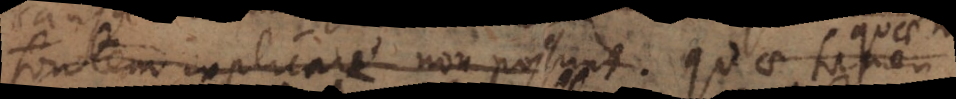
fontem explicare non possunt quae tamen